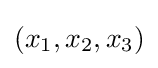
(x_{1},x_{2},x_{3})